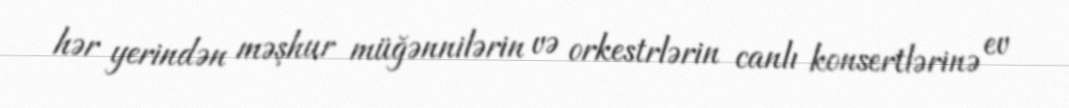
hər yerindən məşhur müğənnilərin və orkestrlərin canlı konsertlərinə ev